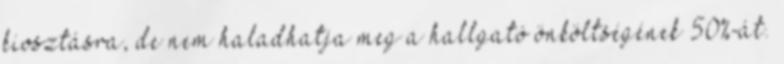
kiosztásra, de nem haladhatja meg a hallgató önköltségének 50%-át.